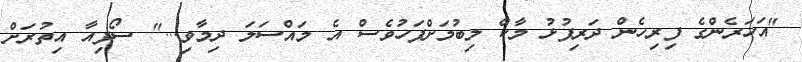
"އަހަރެންގެ ފިރިހެން ދަރިފުޅު މާކް ލިބުމަށްފަހުވެސް އެ މައްސަލަ ދިމާވި..." ސޯފިއާ އިތުރަށް